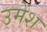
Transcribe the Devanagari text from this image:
उमेंश